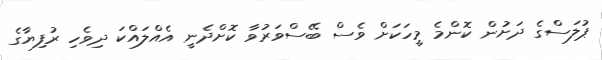
ޕުލަސްގެ ދަށުން ކޮންމެ މީހަކަށް ވެސް ބޭސްވަރުވާ ކޮށްދެނީ އެއްލައްކަ ދިވެހި ރުފިޔާގެ